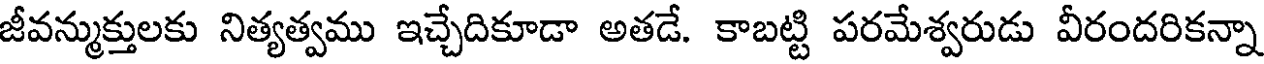
జీవన్ముక్తులకు నిత్యత్వము ఇచ్చేదికూడా అతడే. కాబట్టి పరమేశ్వరుడు వీరందరికన్నా